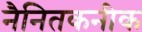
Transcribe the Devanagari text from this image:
नैनितकनीक